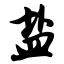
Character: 盐